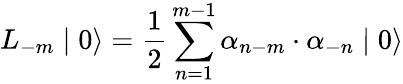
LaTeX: L_{-m}\mid 0\rangle=\frac{1}{2}\sum_{n=1}^{m-1}{\alpha}_{n-m}\cdot{\alpha}_{-n}\mid 0\rangle